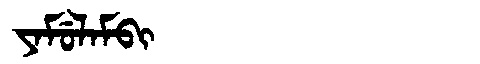
Manchu: ᠶᠠᠮᡠᠯᠠᠮᠪᡳ
Romanization: YAMULAMBI